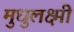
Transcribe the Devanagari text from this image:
मुधुलक्ष्मी